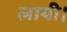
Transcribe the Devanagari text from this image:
लायी।